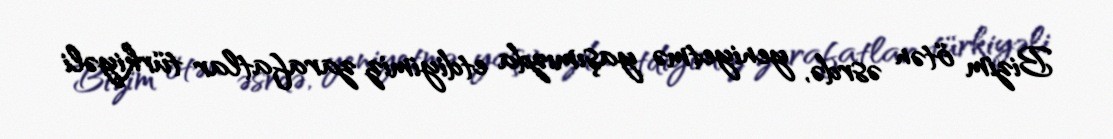
Bizim ötən əsrdə, yeniyetmə yaşımızda etdiyimiz zarafatlar türkiyəli